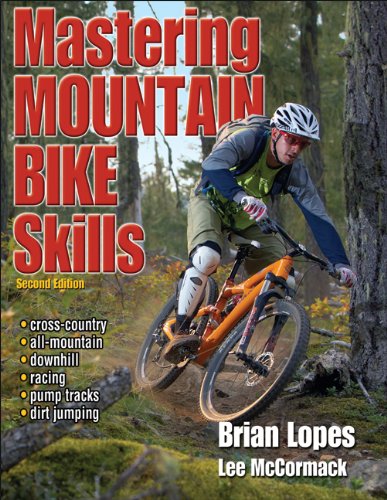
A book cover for Mastering Mountain Bike Skills - 2nd Edition; Brian Lopes; Sports & Outdoors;